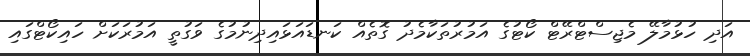
އަދި ހުޅުމާލޭ މެޖިސްޓްރޭޓް ކޯޓުގެ އަމުރުތަކާމެދު ގޮތެއް ކަނޑައަޅައިދިނުމުގެ ވަގުތީ އަމުރަކަށް ހައިކޯޓްގައި